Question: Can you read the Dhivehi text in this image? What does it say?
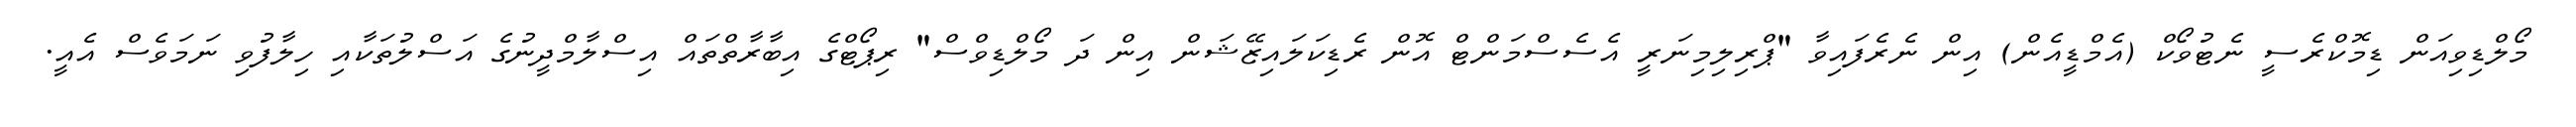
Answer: މޯލްޑިވިއަން ޑިމޮކްރެސީ ނެޓުވޯކް (އެމްޑީއެން) އިން ނެރެފައިވާ "ޕްރިލިމިނަރީ އެސެސްމަންޓް އޮން ރެޑިކަލައިޒޭޝަން އިން ދަ މޯލްޑިވްސް" ރިޕޯޓްގެ އިބާރާތްތައް އިސްލާމްދީނުގެ އަސްލުތަކާއި ހިލާފުވި ނަމަވެސް އެއީ.